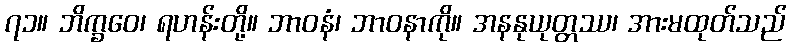
၇၁။ ဘိက္ခဝေ၊ ရဟန်းတို့။ ဘာဝနံ၊ ဘာဝနာကို။ အနနုယုတ္တဿ၊ အားမထုတ်သည်